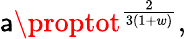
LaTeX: \mathsf{a}\proptot^{\frac{{2}}{{3(1+w)}}},